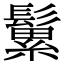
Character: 𩮹